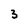
Character: 3